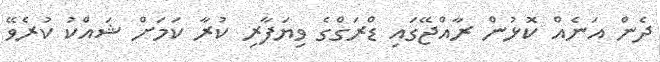
ދެން އަނެއް ކޮޅުން ރާއްޖޭގައި ޑްރަގްގެ ވިޔަފާރި ކުރާ ކަމަށް ޝައްކު ކުރެވޭ